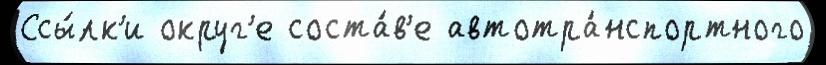
Ссы́лк'и округ'е соста́в'е автотра́нспортного